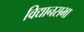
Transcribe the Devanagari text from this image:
विद्यानसभा